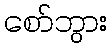
စော်ဘွား